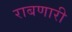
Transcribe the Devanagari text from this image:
राबणारी